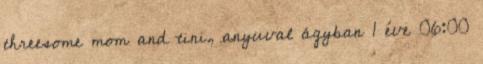
threesome mom and tini, anyuval ágyban 1 éve 06:00